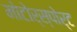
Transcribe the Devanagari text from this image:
मोटोर्स्पोर्ट